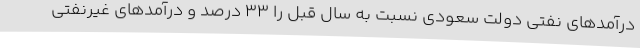
درآمدهای نفتی دولت سعودی نسبت به سال قبل را 33 درصد و درآمدهای غیرنفتی